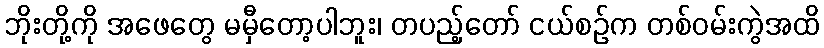
ဘိုးတို့ကို အဖေတွေ မမှီတော့ပါဘူး၊ တပည့်တော် ငယ်စဉ်က တစ်ဝမ်းကွဲအထိ